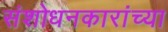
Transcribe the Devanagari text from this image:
संशोधनकारांच्या